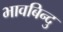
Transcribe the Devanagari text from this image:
भावबिन्दु